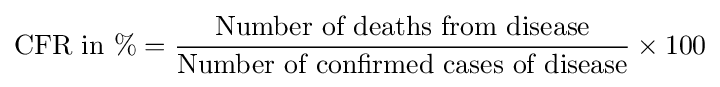
{\text{CFR in }}{\%}={\frac {\text{Number of deaths from disease}}{\text{Number of confirmed cases of disease}}}\times 100